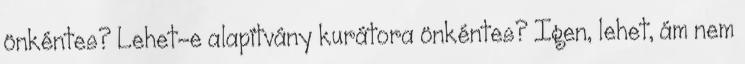
önkéntes? Lehet-e alapítvány kurátora önkéntes? Igen, lehet, ám nem